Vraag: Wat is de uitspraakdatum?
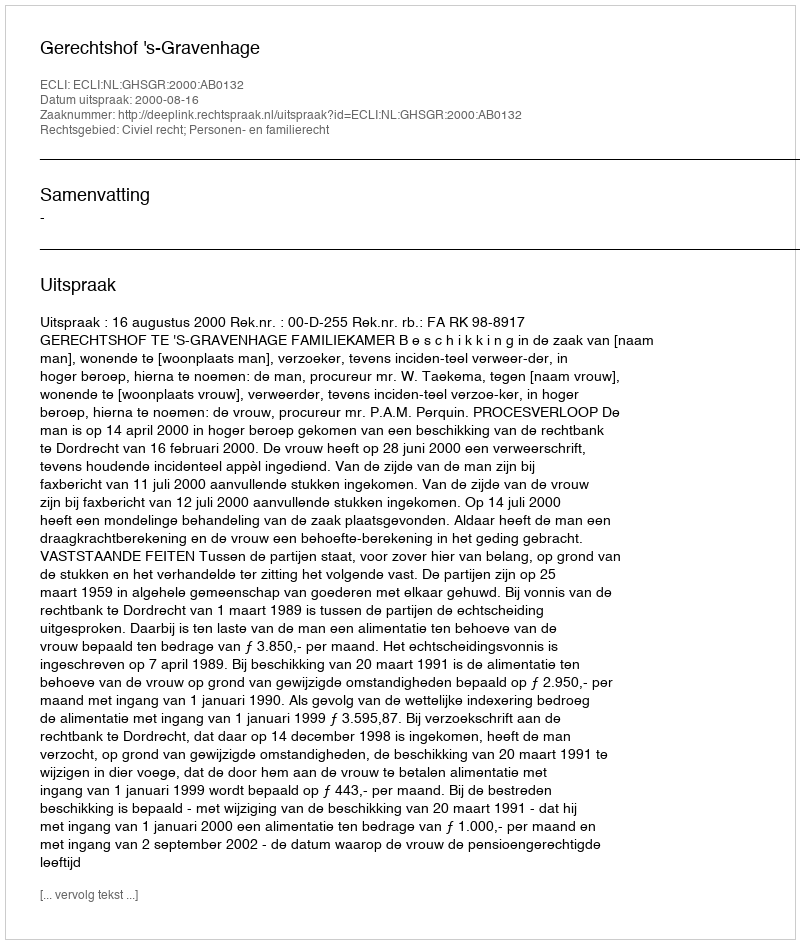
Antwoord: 2000-08-16